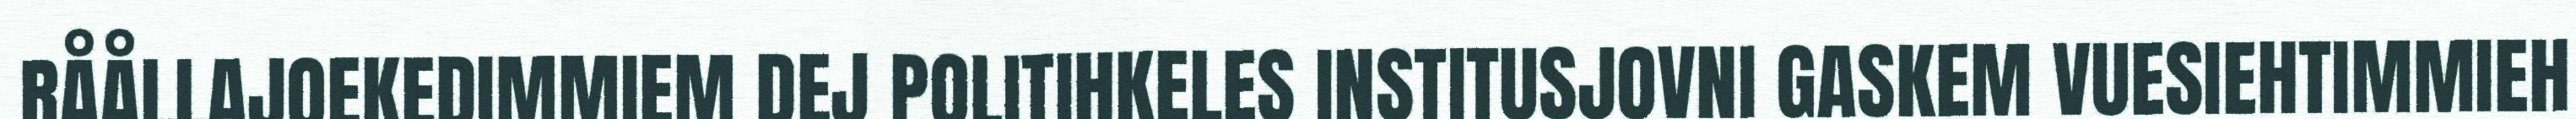
RÅÅLLAJOEKEDIMMIEM DEJ POLITIHKELES INSTITUSJOVNI GASKEM VUESIEHTIMMIEH